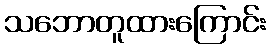
သဘောတူထားကြောင်း